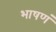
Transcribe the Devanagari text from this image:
भाषणं